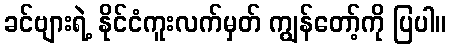
ခင်ဗျားရဲ့ နိုင်ငံကူးလက်မှတ် ကျွန်တော့်ကို ပြပါ။